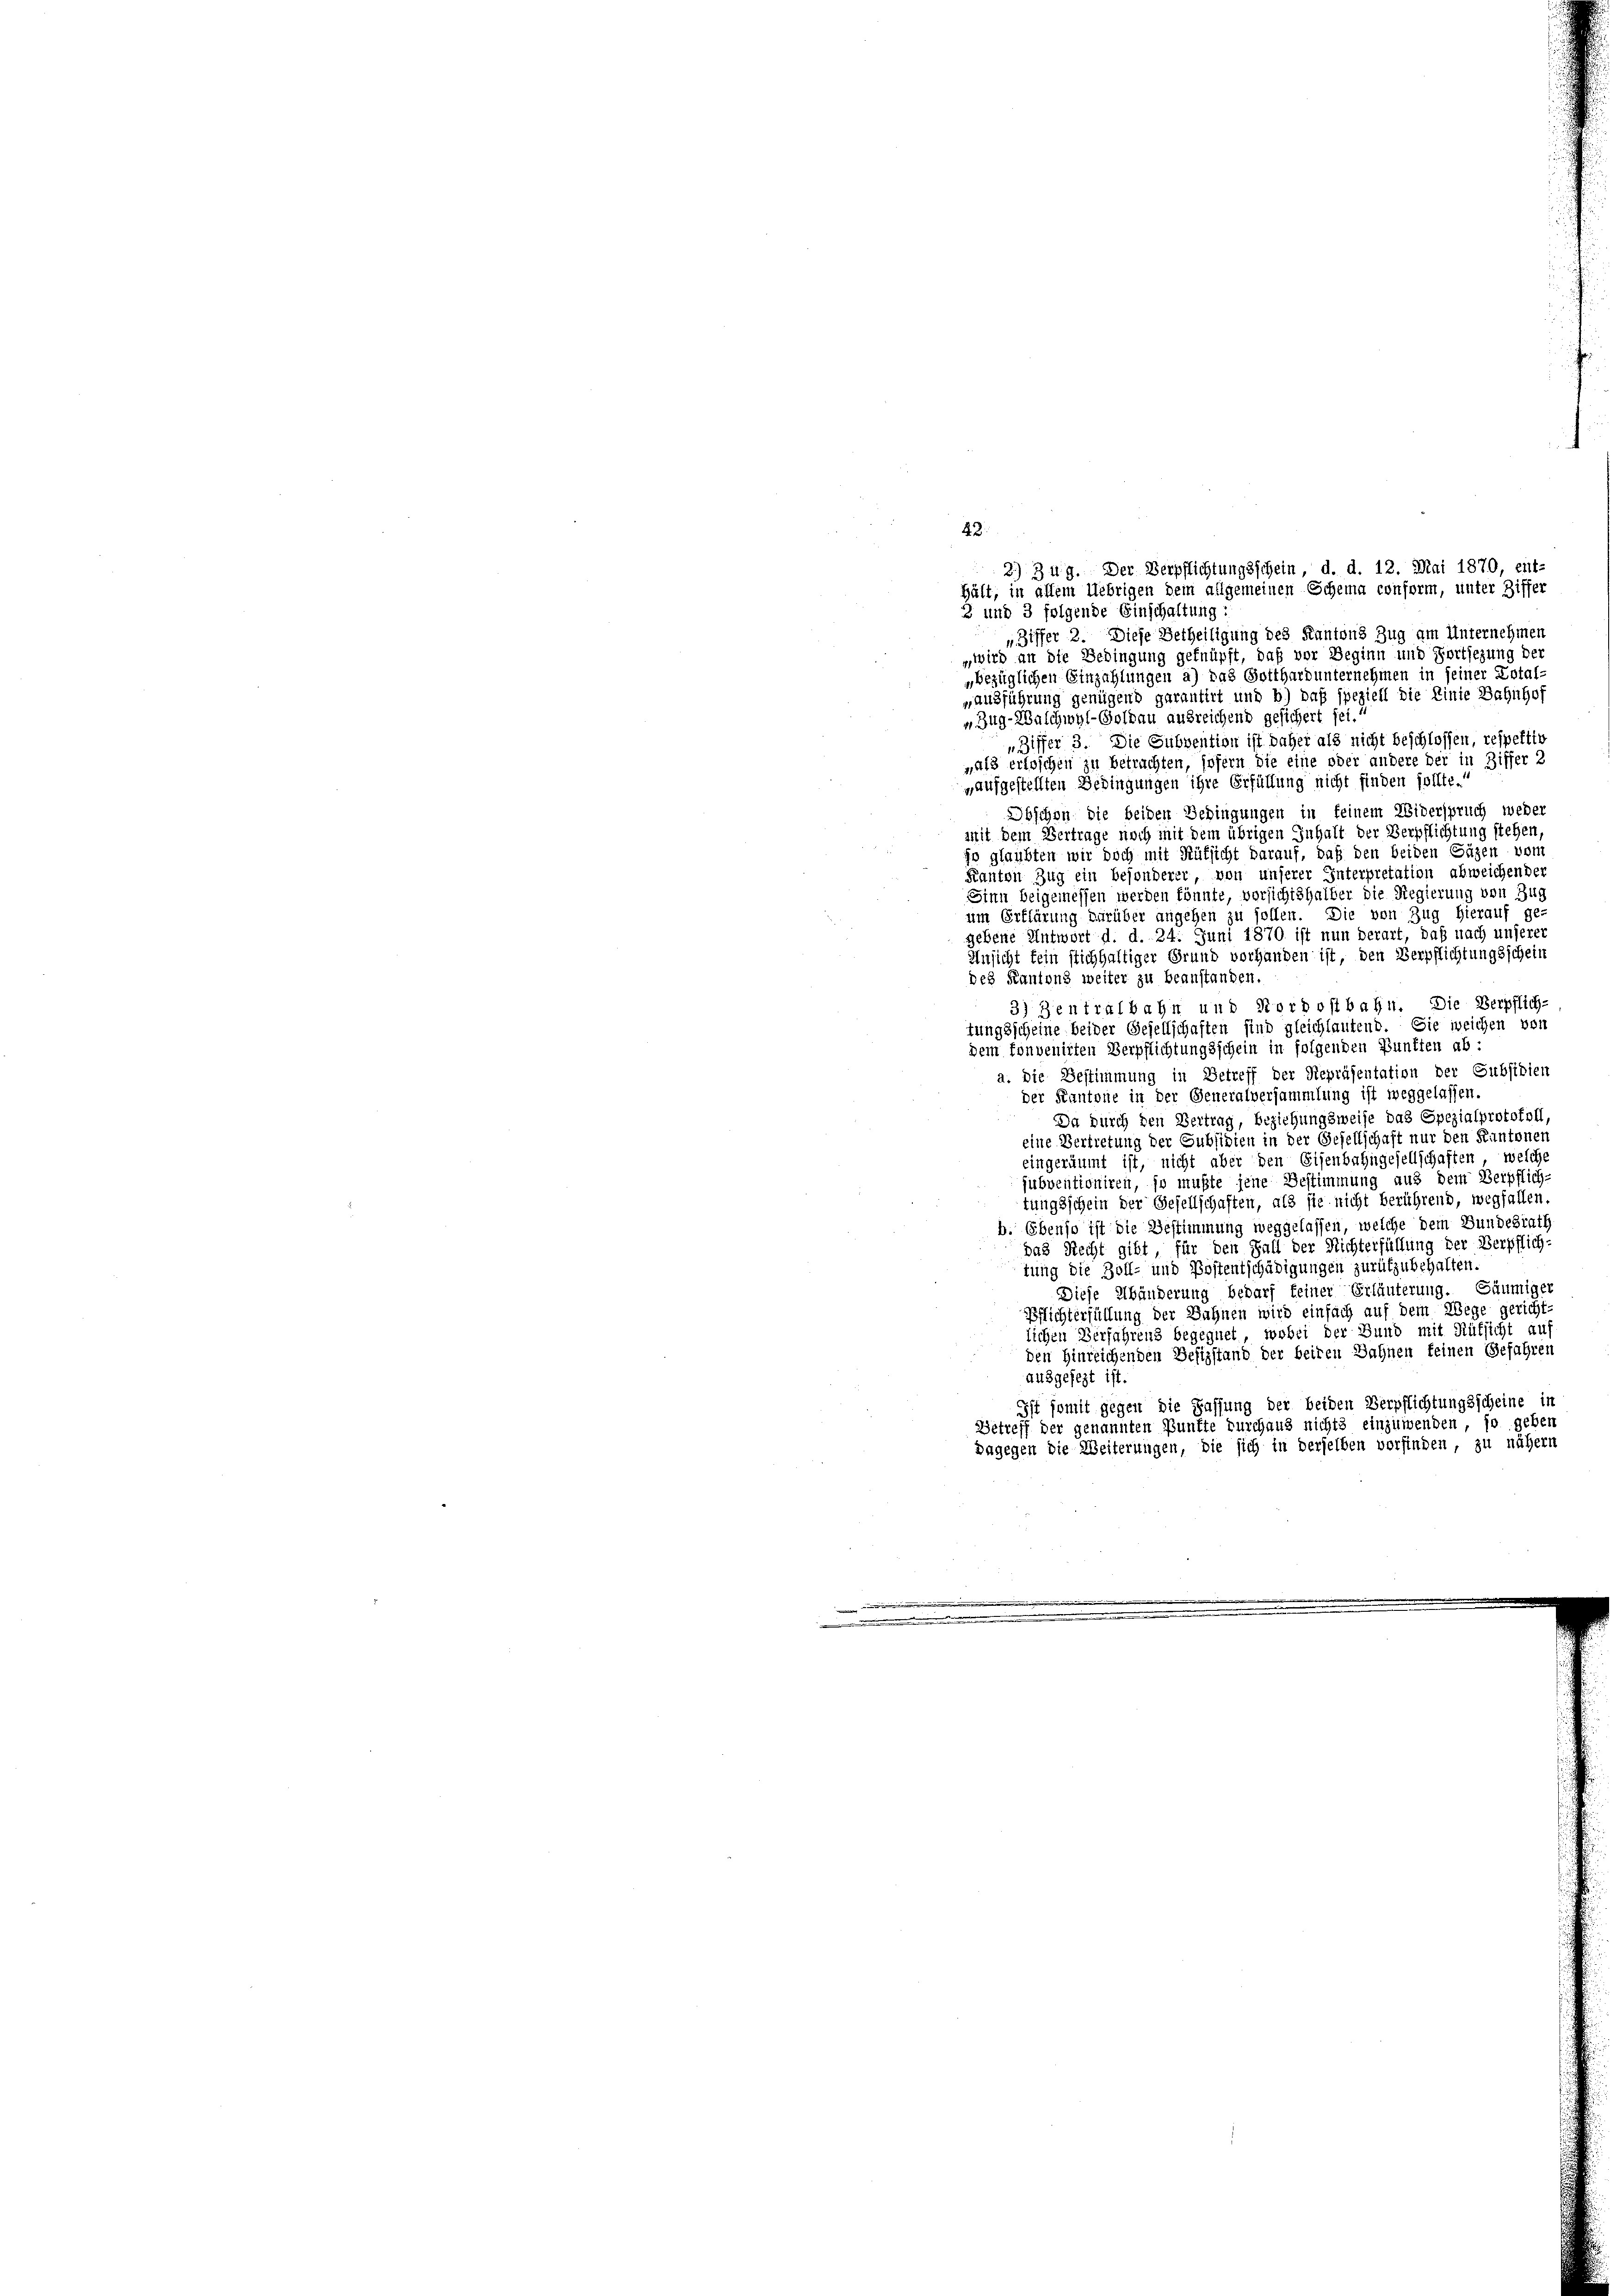
„Ziffer 2. Diese Betheiligung des Kantons Zug am Unternehmen
„ wird an die Bedingung gefnüpft, daß vor Beginn und Fortsezung der
„bezüglichen Einzahlungen a) das Gotthard unternehmen in seiner Lotal-
„ausführung genügend garantirt und b) daß speziell die Linie Bahnhof
Zug-Walchwyl-Goldau ausreichend gesichert sei.
„ Ziffer 3. Die Subvention ist daher als nicht beschlossen, respektiv
als erloschen zu betrachten, sofern die eine oder andere der in Ziffer 2
„aufgestellten Bedingungen ihre Erfüllung nicht finden sollte.
Obschen die beiden Bedingungen in feinem Widerspruch weder
mit dem Vertrage noch mit dem übrigen Inhalt der Verpflichtung stehen,
jo glaubten wir doch mit Rüksicht darauf, daß den beiden Säzen vom
Kanton Zug ein besonderer, von unserer Interpretation abweichender
Sinn beigemessen werden könnte, vorsichtshalber die Regierung von Zus
um Erklärung darüber angehen zu sollen. Die von Zug hierauf gegebene Antwort d. d. 24. Juni 1870 ist nun derart, daß nach unserer
Ansicht fein stichhaltiger Grund vorhanden ist, den Verpflichtungsschein
des Kantons weiter zu beanstanden.
3) Zentralbahn und Korpostbahn. Die Verpflich-
tungsscheine beider Gesellschaften sind gleichlautend. Sie weichen von
dem Convenirten Verpflichtungsschein in folgenden Punkten ab:
a. Die Bestimmung in Betreff der Repräsentation der Subsidien
der Kantone in der Generalversammlung ist weggelassen.
Da durch den Vertrag, beziehungsweise das Spezialprotokoll,
eine Vertretung der Subsidien in der Gesellschaft nur den Kantonen
eingeräumt ist, nicht aber den Eisenbahngesellschaften, welche
subventioniren, so mußte jene Bestimmung aus dem Verpflich-
tungsschein der Gesellschaften, als sie nicht berührend, wegfallen.
b. Ebenso ist die Bestimmung weggelassen, welche dem Bundesrath
das Recht gibt für den Fall der Richterfüllung der Verpflich-
tung die Zoll- und Postentschädigungen zurükzubehalten.
Diese Abänderung bedarf keiner Erläuterung. Säumiger
Pflichterfüllung der Bahnen wird einfach auf dem Wege gericht-
lichen Verfahrens begegnet, wobei der Bund mit Rüksicht auf
den Hinreichenden Befizstand der beiden Dahnen keinen Gefahren
ausgesezt ist.
Ist somit gegen die Fassung der beiden Verpflichtungsscheine in
Betreff der genannten Punkte durchaus nichts einzuwenden, so geben
Dagegen die Weiterungen, die sich in derselben vorfinden, zu nähern
e

42
2.) Zug. Der Verpflichtungsschein d. d. 12. Mai 1870, ent-
Hält, in allem Uebrigen dem allgemeinen Schema conform, unter Ziffer
3 und 3 folgende Einschaltung: